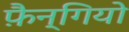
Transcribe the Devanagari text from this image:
फ़ैन्गियो